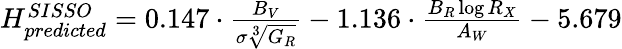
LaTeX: \begin{array}{r}{{H_{predicted}^{SISSO}=0.147\cdot\frac{B_{V}}{\sigma\sqrt[3]{G_{R}}}-1.136\cdot\frac{B_{R}\log{R_{X}}}{A_{W}}-5.679}}\end{array}